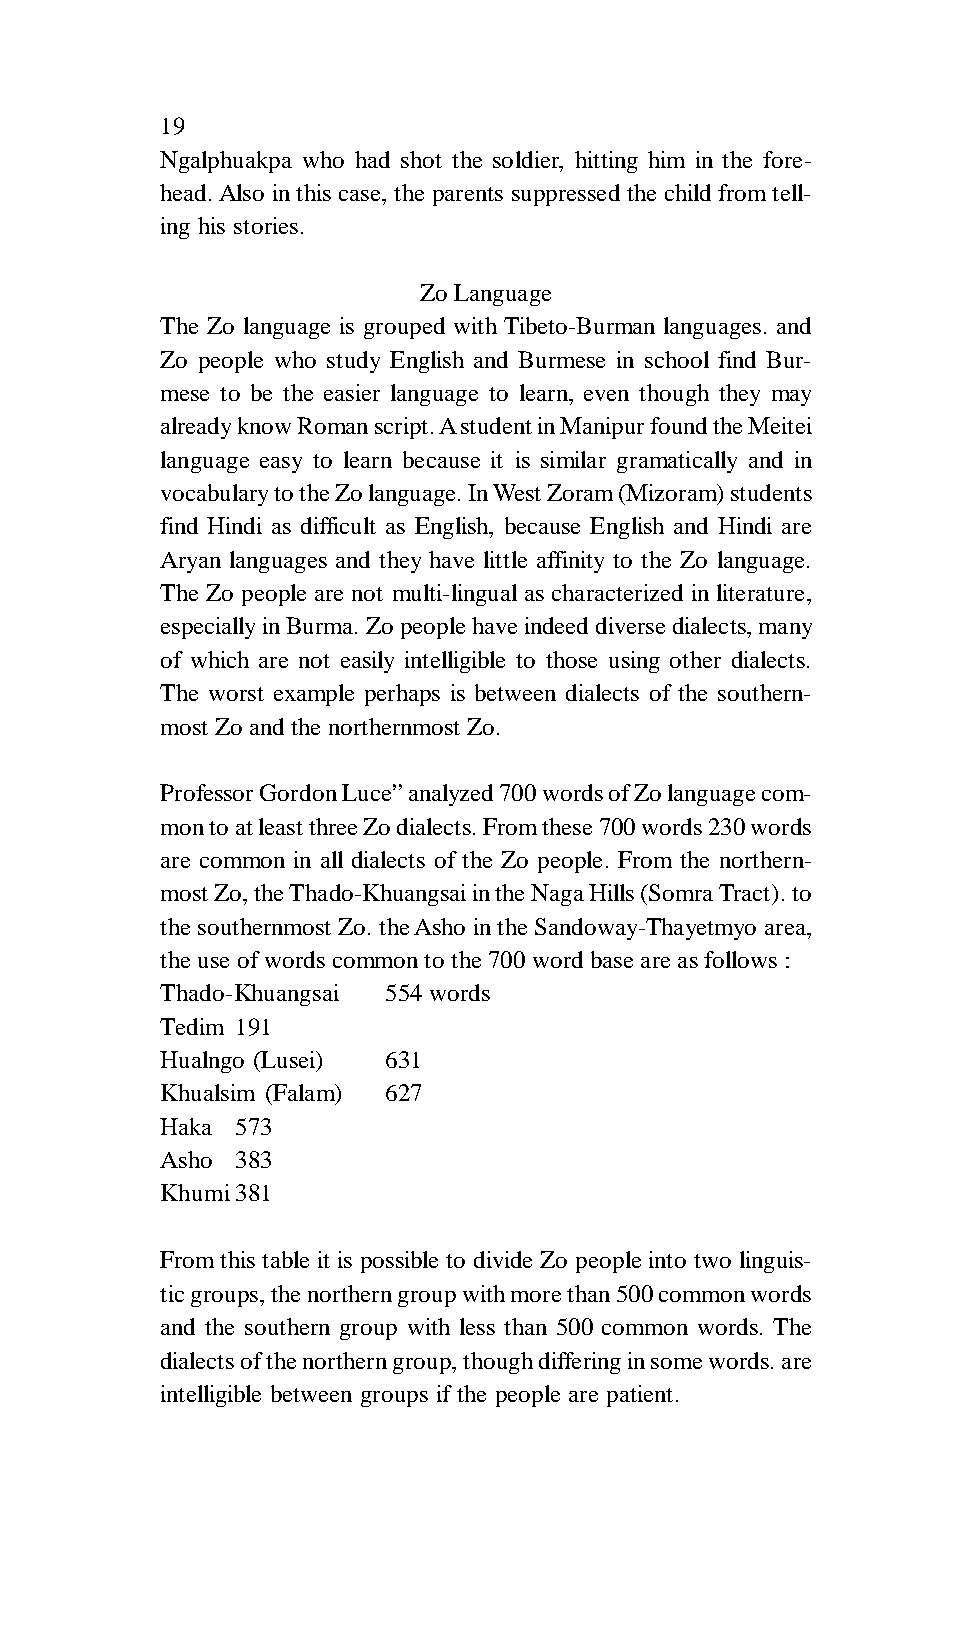
19
 Ngalphuakpa who had shot the soldier, hitting him in the fore-
 head. Also in this case, the parents suppressed the child from tell-
 ing his stories.
 Zo Language
 The Zo language is grouped with Tibeto-Burman languages. and
 Zo people who study English and Burmese in school find Bur-
 mese to be the easier language to learn, even though they may
 already know Roman script. A student in Manipur found the Meitei
 language easy to learn because it is similar gramatically and in
 vocabulary to the Zo language. In West Zoram (Mizoram) students
 find Hindi as difficult as English, because English and Hindi are
 Aryan languages and they have little affinity to the Zo language.
 The Zo people are not multi-lingual as characterized in literature,
 especially in Burma. Zo people have indeed diverse dialects, many
 of which are not easily intelligible to those using other dialects.
 The worst example perhaps is between dialects of the southern-
 most Zo and the northernmost Zo.
 Professor Gordon Luce” analyzed 700 words of Zo language com-
 mon to at least three Zo dialects. From these 700 words 230 words
 are common in all dialects of the Zo people. From the northern-
 most Zo, the Thado-Khuangsai in the Naga Hills (Somra Tract). to
 the southernmost Zo. the Asho in the Sandoway-Thayetmyo area,
 the use of words common to the 700 word base are as follows :
 Thado-Khuangsai 554 words
 Tedim 191
 Hualngo (Lusei) 631
 Khualsim (Falam) 627
 Haka 573
 Asho 383
 Khumi381
 From this table it is possible to divide Zo people into two linguis-
 tic groups, the northern group with more than 500 common words
 and the southern group with less than 500 common words. The
 dialects of the northern group, though differing in some words. are
 intelligible between groups if the people are patient.